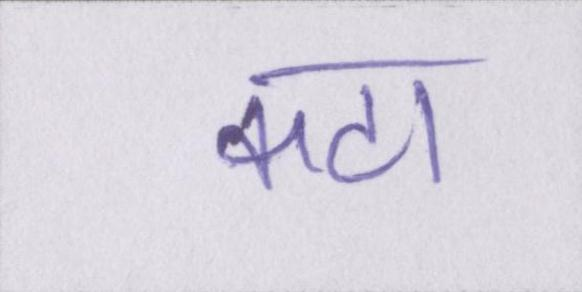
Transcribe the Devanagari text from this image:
कटा